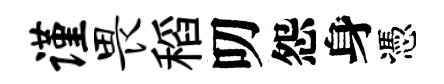
谨畏稻叨怨身憑